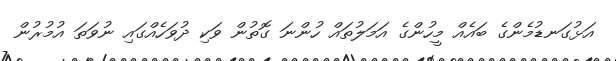
އަޅުގަނޑުމެންގެ ބައެއް މީހުންގެ އަމަލުތައް ހުންނަ ގޮތުން ވަކި ދުވަހެއްގައި ނުވަތަ އުމުރުން